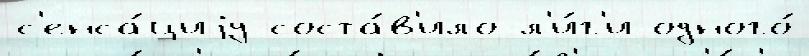
с'енса́циjу соста́в'ило л'и́г'и одного́